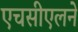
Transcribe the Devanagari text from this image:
एचसीएलने